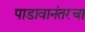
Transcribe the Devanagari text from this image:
पाडावानंतरचा